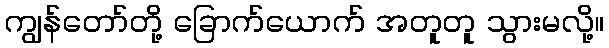
ကျွန်တော်တို့ ခြောက်ယောက် အတူတူ သွားမလို့။